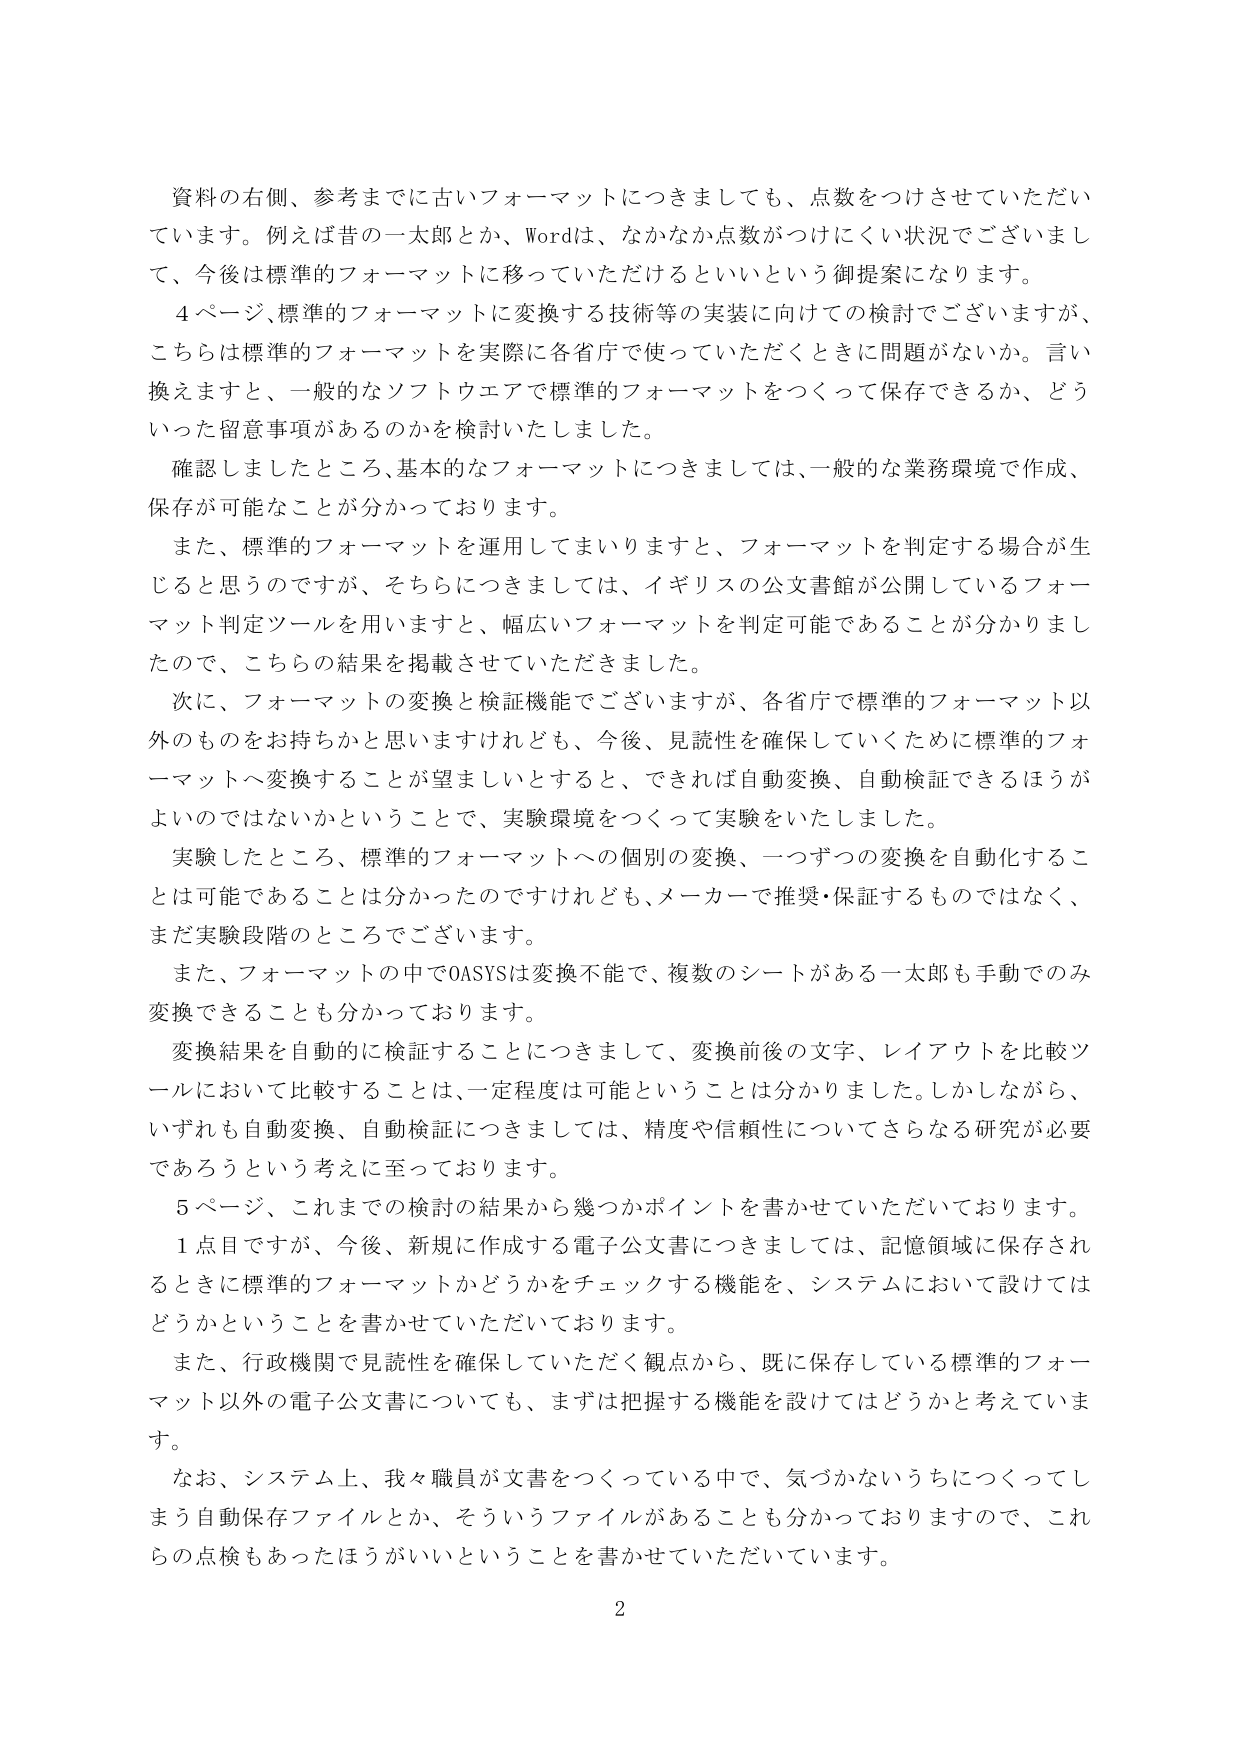
資料の右側、参考までに古いフォーマットにつきましても、点数をつけさせていただいています。例えば昔の一太郎とか、Wordは、なかなか点数がつけにくい状況でございまして、今後は標準的フォーマットに移っていただけるといいという御提案になります。

４ページ、標準的フォーマットに変換する技術等の実装に向けての検討でございますが、こちらは標準的フォーマットを実際に各省庁で使っていただくときに問題がないか。言い換えますと、一般的なソフトウェアで標準的フォーマットをつくって保存できるか、どういった留意事項があるのかを検討いたしました。

確認しましたところ、基本的なフォーマットにつきましては、一般的な業務環境で作成、保存が可能なことが分かっております。

また、標準的フォーマットを運用してまいりますと、フォーマットを判定する場合が生じると思うのですが、それらにつきましては、イギリスの公文書館が公開しているフォーマット判定ツールを用いますと、幅広いフォーマットを判定可能であることが分かりましたので、こちらの結果を掲載させていただきました。

次に、フォーマットの変換と検証機能でございますが、各省庁で標準的フォーマット以外のものをお持ちかと思いますけれども、今後、見読性を確保していくために標準的フォーマットへ変換することが望ましいとすると、できれば自動変換、自動検証できるほうがよいのではないかということで、実験環境をつくって実験をいたしました。

実験したところ、標準的フォーマットへの個別の変換、一つずつの変換を自動化することは可能であることは分かったのですけれども、メーカーで推奨・保証するものではなく、まだ実験段階のところでございます。

また、フォーマットの中でOASYSは変換不能で、複数のシートがある一太郎も手動でのみ変換できることも分かっております。

変換結果を自動的に検証することにつきまして、変換前後の文字、レイアウトを比較ツールにおいて比較することは、一定程度は可能ということは分かりました。しかしながら、いずれも自動変換、自動検証につきましては、精度や信頼性についてさらなる研究が必要であろうという考えに至っております。

５ページ、これまでの検討の結果から幾つかポイントを書かせていただいております。

１点目ですが、今後、新規に作成する電子公文書につきましては、記憶領域に保存されるときに標準的フォーマットかどうかをチェックする機能を、システムにおいて設けてはどうかということを書かせていただいております。

また、行政機関で見読性を確保していただく観点から、既に保存している標準的フォーマット以外の電子公文書についても、まずは把握する機能を設けてはどうかと考えています。

なお、システム上、我々職員が文書をつくっている中で、気づかないうちにつくってしまう自動保存ファイルとか、そういうファイルがあることも分かっておりますので、これらの点検もあったほうがいいということを書かせていただいています。

2